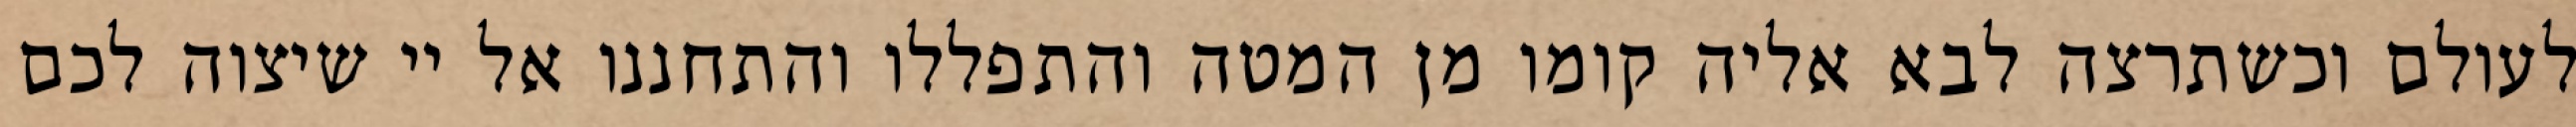
לעולם וכשתרצה לבא אליה קומו מן המטה והתפללו והתחננו אל יי שיצוה לכם